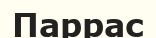
Паррас